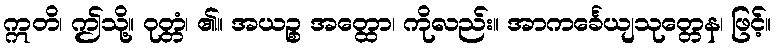
ဣတိ၊ ဤသို့။ ဝုတ္တံ၊ ၏။ အယဉ္စ အတ္ထော၊ ကိုလည်း။ အာကင်္ခေယျသုတ္တေန၊ ဖြင့်။